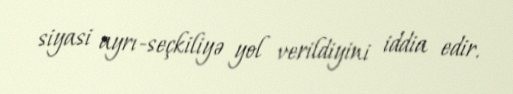
siyasi ayrı-seçkiliyə yol verildiyini iddia edir.